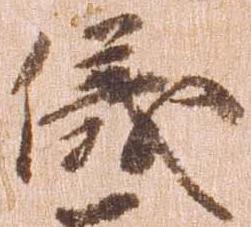
儀